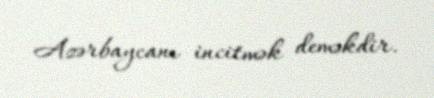
Azərbaycanı incitmək deməkdir.